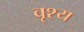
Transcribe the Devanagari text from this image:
वृश्य